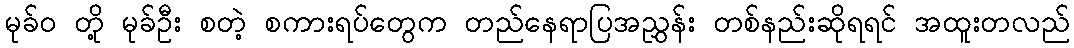
မုခ်ဝ တို့ မုခ်ဦး စတဲ့ စကားရပ်တွေက တည်နေရာပြအညွှန်း တစ်နည်းဆိုရရင် အထူးတလည်